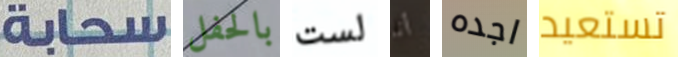
سحابة بالحفل لست أنا اجده تستعيد